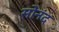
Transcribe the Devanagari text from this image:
सोनंद